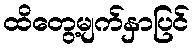
ထိတွေ့မျက်နှာပြင်